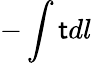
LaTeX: -\int\mathsf{t}dl